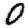
Digit: 0